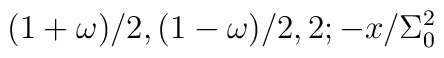
(1+\omega)/2,(1-\omega)/2,2;-x/\Sigma_0^2